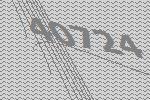
40724